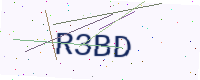
Text: R3BD